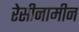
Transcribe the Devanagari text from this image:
रेसीनामीन